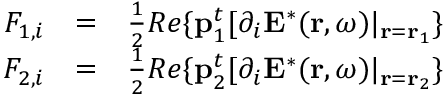
\begin{array} { r l r } { F _ { 1 , i } } & { = } & { \frac { 1 } { 2 } R e \{ \mathbf { p } _ { 1 } ^ { t } [ \partial _ { i } \mathbf { E } ^ { * } ( \mathbf { r } , \omega ) | _ { \mathbf { r } = \mathbf { r } _ { 1 } } \} } \\ { F _ { 2 , i } } & { = } & { \frac { 1 } { 2 } R e \{ \mathbf { p } _ { 2 } ^ { t } [ \partial _ { i } \mathbf { E } ^ { * } ( \mathbf { r } , \omega ) | _ { \mathbf { r } = \mathbf { r } _ { 2 } } \} } \end{array}